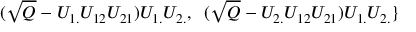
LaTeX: \; \; ( \sqrt { Q } - U _ { 1 . } U _ { 1 2 } U _ { 2 1 } ) U _ { 1 . } U _ { 2 . } , \; \; ( \sqrt { Q } - U _ { 2 . } U _ { 1 2 } U _ { 2 1 } ) U _ { 1 . } U _ { 2 . } \}